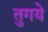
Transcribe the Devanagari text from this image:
तुगये